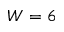
W = 6